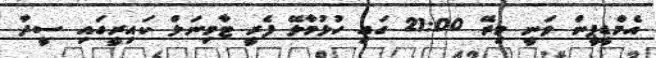
އެމްޑީޕީން ވަނީ މިރޭ 21:00 ގައި ހުޅުމާލޭ ފެރީ ޓާމިނަލް ކައިރީގައި ސީދާ